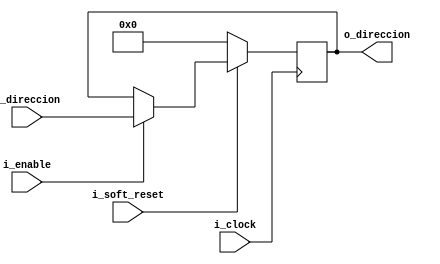
`timescale 1ns / 1ps

//////////////////////////////////////////////////////////////////////////////////////////////////
// Trabajo Practico Nro. 4. MIPS.
// Contador de programa.
// Integrantes: Kleiner Matias, Lopez Gaston.
// Materia: Arquitectura de Computadoras.
// FCEFyN. UNC.
// Anio 2019.
//////////////////////////////////////////////////////////////////////////////////////////////////


module pc
   #(
       parameter CONTADOR_LENGTH = 11
   )
   (
       input i_clock,
       input i_soft_reset,
       input i_enable,
       input [CONTADOR_LENGTH - 1 : 0] i_direccion,
       output reg [CONTADOR_LENGTH - 1 : 0] o_direccion
   );



always@( negedge i_clock) begin
    // Se resetean los registros.
   if (~ i_soft_reset) begin
       o_direccion <= 0;
   end
   else if (i_enable == 1) begin
       o_direccion <= i_direccion;
   end
   else begin
        o_direccion <= o_direccion;
   end
end

endmodule